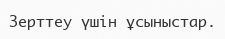
Зерттеу үшін ұсыныстар.